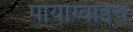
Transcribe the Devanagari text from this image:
पायाग्वाईचे